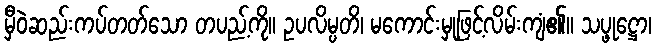
မှီဝဲဆည်းကပ်တတ်သော တပည့်ကို။ ဥပလိမ္ပတိ၊ မကောင်းမှုဖြင့်လိမ်းကျံ၏။ သပ္ဖုဋ္ဌော၊